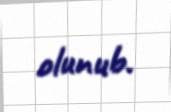
olunub.